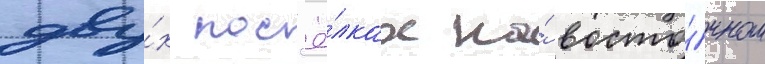
дву́х пос'ё́лках на́ восто́чном